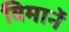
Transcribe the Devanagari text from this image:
विमानें